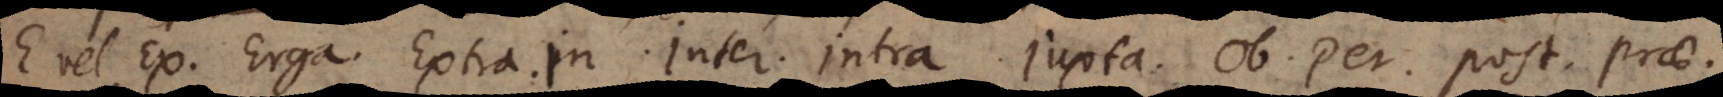
E vel Ex. Erga. Extra. In. Inter. Intra. Iuxta. Ob. Per. Post. Prae.